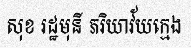
សុខ រដ្ឋមុនី ភរិយាវ័យក្មេង